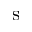
\mathrm { s }